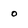
Character: 0